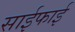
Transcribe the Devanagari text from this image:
साईफाई